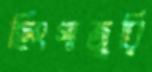
হিংগাজুরি